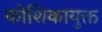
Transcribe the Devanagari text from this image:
कोशिकायुक्त